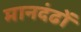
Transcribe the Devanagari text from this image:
मानदंढों